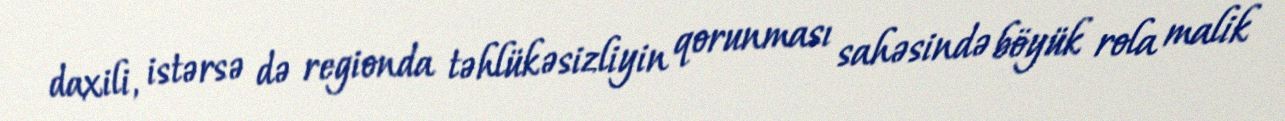
daxili, istərsə də regionda təhlükəsizliyin qorunması sahəsində böyük rola malik